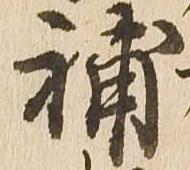
補